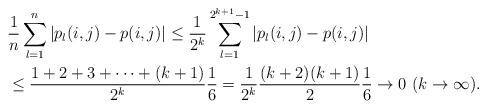
\begin{align*} &\frac{1}{n}\sum_{l=1}^n|p_l(i,j)-p(i,j)| \leq \frac{1}{2^k}\sum_{l=1}^{2^{k+1}-1}|p_l(i,j)-p(i,j)|\\ & \leq \frac{1+2+3+\cdots+(k+1)}{2^k}\frac{1}{6}=\frac{1}{2^k}\frac{(k+2)(k+1)}{2}\frac{1}{6}\rightarrow 0 \ (k\rightarrow \infty). \end{align*}